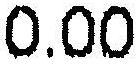
0.00